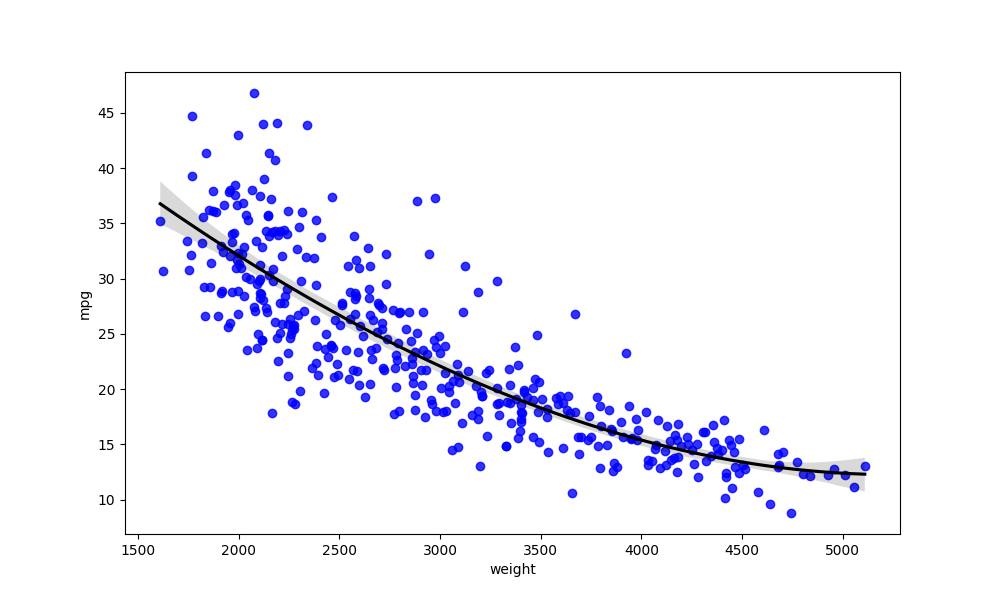
python, seaborn, regplot, order=3, ci=95, scatter_color=blue, line_color=black